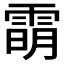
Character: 𬯿